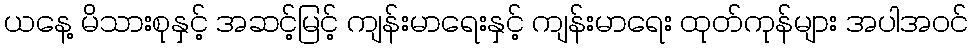
ယနေ့ မိသားစုနှင့် အဆင့်မြင့် ကျန်းမာရေးနှင့် ကျန်းမာရေး ထုတ်ကုန်များ အပါအဝင်